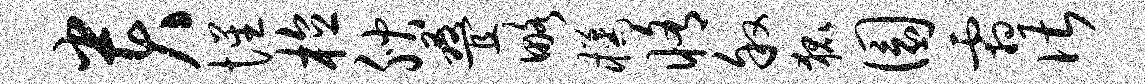
贵惺植腴叠略橘修叙狐圜霜谌